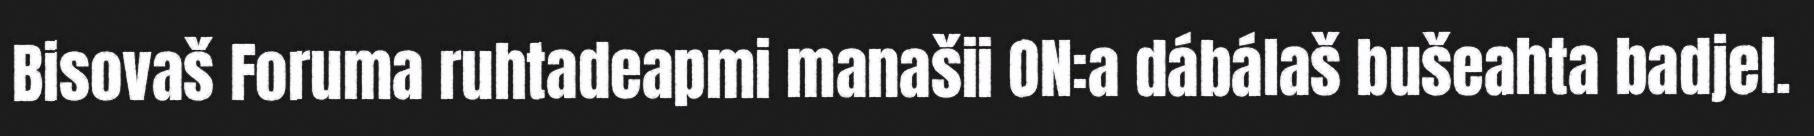
Bisovaš Foruma ruhtadeapmi manašii ON:a dábálaš bušeahta badjel.